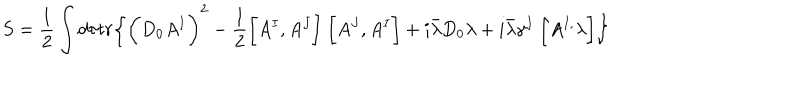
S = \frac { 1 } { 2 } \int d \tau t r \biggl \{ \biggl ( D _ { 0 } A ^ { I } \biggr ) ^ { 2 } - \frac { 1 } { 2 } \biggl [ A ^ { I } , A ^ { J } \biggr ] ~ \biggl [ A ^ { J } , A ^ { I } \biggr ] + i { \bar { \lambda } } D _ { 0 } \lambda + i { \bar { \lambda } } { \gamma } ^ { I } ~ \biggl [ A ^ { I , } \lambda \biggr ] \biggr \}